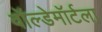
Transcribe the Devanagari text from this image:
वॉल्डेमॉर्टला